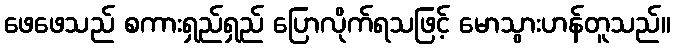
ဖေဖေသည် စကားရှည်ရှည် ပြောလိုက်ရသဖြင့် မောသွားဟန်တူသည်။